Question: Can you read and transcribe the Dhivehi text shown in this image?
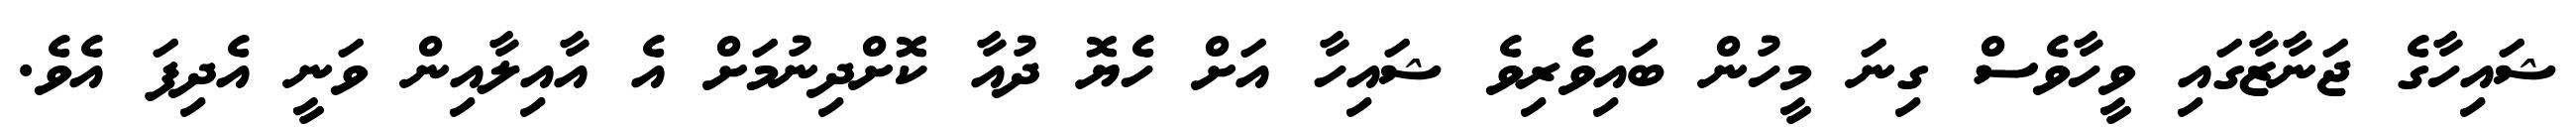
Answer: ޝައިހާގެ ޖަނާޒާގައި ވީހާވެސް ގިނަ މީހުން ބައިވެރިވެ ޝައިހާ އަށް ހެޔޮ ދުއާ ކޮށްދިނުމަށް އެ އާއިލާއިން ވަނީ އެދިފަ އެވެ.